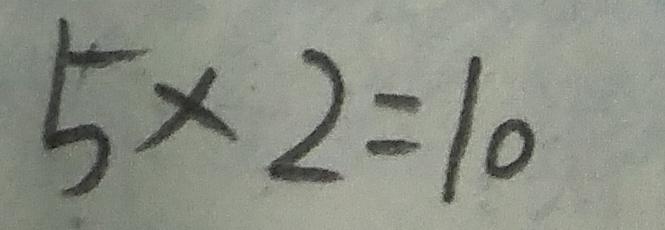
5 \times 2 = 1 0